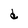
Character: d